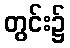
တွင်း၌